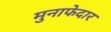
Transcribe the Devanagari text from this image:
मुनाफेदार